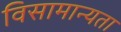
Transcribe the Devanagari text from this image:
विसामान्यता